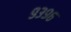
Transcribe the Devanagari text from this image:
९३९६